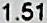
1.51